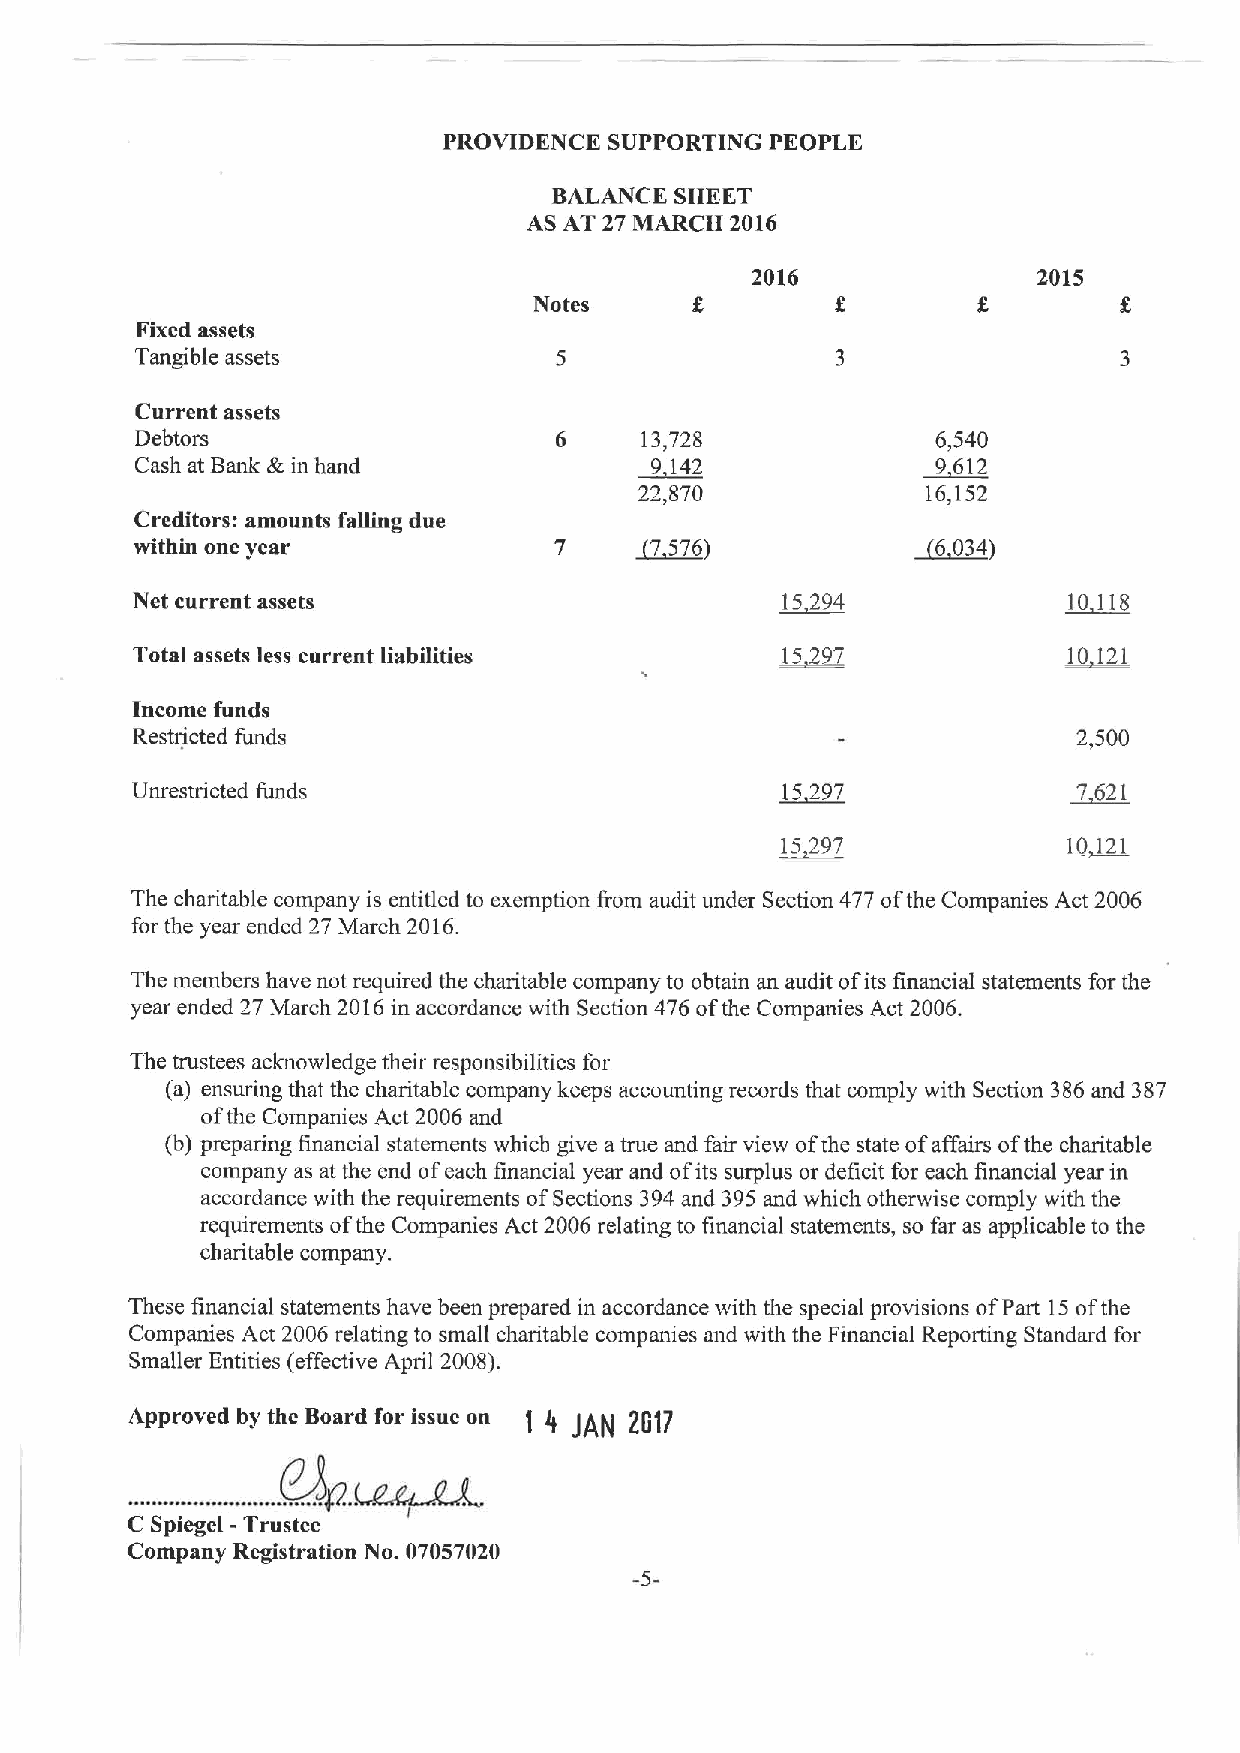
PROVIDENCE SUPPORTING PEOPLE
 BALANCE SHEET
 AS AT 27 MARCH 2016
 2016               2015
 Notes
 Fixed assets
 Tangible assets
 Current assets
 Debtors                     6    13,728              6,540
 Cash at Bank lk in hand           9 142              9612
 22,870             16,152
 Creditors: amounts falling due
 within one year             7    ~7576)              6 034
 Net current assets                         15294              10 118
 Total assets less current liabilities                         10 121
 Income funds
 Restricted funds                                              2,500
 Unrestricted funds                         15297              7 621
 15297              10 121
 The charitable company is entitled to exemption from audit under Section 477 ofthe Companies Act 2006
 for the year ended 27 March 2016.
 The members have not required the charitable company to obtain an audit ofits financial statements for the
 year ended 27 March 2016in accordance with Section 476 ofthe Companies Act 2006.
 The trustees acknowledge their responsibilities for
 (a) ensuring that the charitable company keeps accounting records that comply with Section 386and 387
 ofthe Companies Act 2006 and
 (b) preparing financial statements which give a true and fair view ofthe state ofaffairs ofthe charitable
 company as at the end ofeach financial year and ofits surplus or deficit for each financial year in
 accordance with the requirements ofSections 394and 395 and which otherwise comply with the
 requirements ofthe Companies Act 2006 relating to financial statements, so far as applicable to the
 charitable company.
 These financial statements have been prepared in accordance with the special provisions ofPart 15ofthe
 Companies Act 2006 relating to small charitable companies and with the Financial Reporting Standard for
 Smaller Entities (effective April 2008).
 Approved by the Board for issue on 1 4 jAN )(17
 .
 ....., . ...., .........Bp. Mph
 .f
 C Spiegel -Trustee
 Company Registration No. 07057020
 -5-